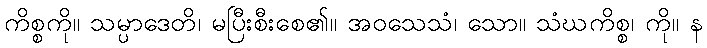
ကိစ္စကို။ သမ္ပာဒေတိ၊ မပြီးစီးစေ၏။ အဝသေသံ၊ သော။ သံဃကိစ္စ၊ ကို။ န